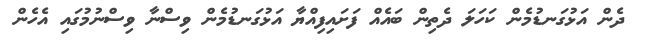
ދެން އަޅުގަނޑުމެން ކަހަލަ ދެތިން ބައެއް ފަށައިފިއްޔާ އަޅުގަނޑުމެން ވިސްނާ ވިސްނުމުގައި އެހެން